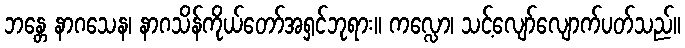
ဘန္တေ နာဂသေန၊ နာဂသိန်ကိုယ်တော်အရှင်ဘုရား။ ကလ္လော၊ သင့်လျော်လျောက်ပတ်သည်။